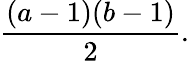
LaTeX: {\frac{(a-1)(b-1)}{2}}.